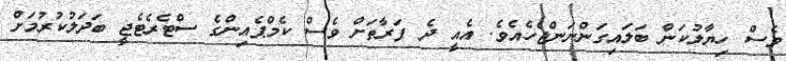
ވެސް ހިޔާލުކަން ބަލައިގަންނަންޖެހެއެވެ. އެއީ ދެ ފަރާތަށް ވެސް ކެމްޕެއިންގެ ސްޓެރެޓެޖީ ބަދަލުކުރުމަށް